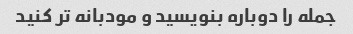
جمله را دوباره بنویسید و مودبانه تر کنید